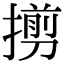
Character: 㨵